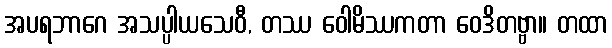
အပရဘာဂေ အသပ္ပါယသေဝီ, တဿ ဝေါမိဿကတာ ဝေဒိတဗ္ဗာ။ တထာ